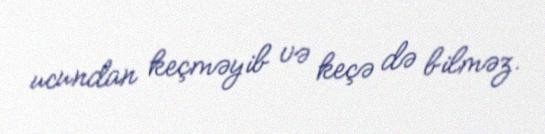
ucundan keçməyib və keçə də bilməz.